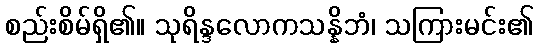
စည်းစိမ်ရှိ၏။ သုရိန္ဒလောကသန္နိဘံ၊ သကြားမင်း၏